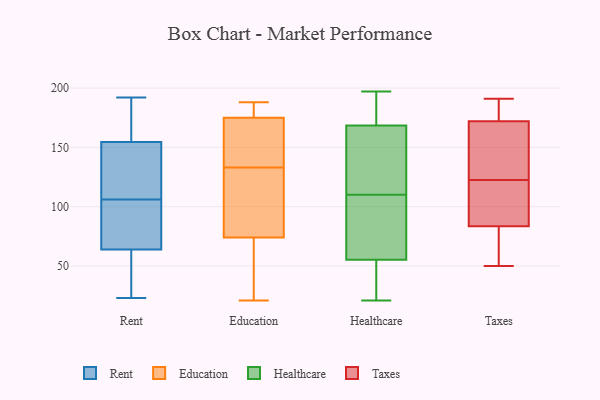
{"axis": {"x": "Latency (ms)", "y": "Value"}, "legend": ["Education", "Healthcare", "Rent", "Taxes"], "data": [{"x": "", "y": 156, "type": "Rent"}, {"x": "", "y": 51, "type": "Rent"}, {"x": "", "y": 126, "type": "Rent"}, {"x": "", "y": 90, "type": "Rent"}, {"x": "", "y": 50, "type": "Rent"}, {"x": "", "y": 126, "type": "Rent"}, {"x": "", "y": 122, "type": "Rent"}, {"x": "", "y": 163, "type": "Rent"}, {"x": "", "y": 192, "type": "Rent"}, {"x": "", "y": 41, "type": "Rent"}, {"x": "", "y": 163, "type": "Rent"}, {"x": "", "y": 85, "type": "Rent"}, {"x": "", "y": 79, "type": "Rent"}, {"x": "", "y": 23, "type": "Rent"}, {"x": "", "y": 153, "type": "Rent"}, {"x": "", "y": 77, "type": "Rent"}, {"x": "", "y": 116, "type": "Education"}, {"x": "", "y": 178, "type": "Education"}, {"x": "", "y": 37, "type": "Education"}, {"x": "", "y": 138, "type": "Education"}, {"x": "", "y": 74, "type": "Education"}, {"x": "", "y": 110, "type": "Education"}, {"x": "", "y": 27, "type": "Education"}, {"x": "", "y": 175, "type": "Education"}, {"x": "", "y": 21, "type": "Education"}, {"x": "", "y": 146, "type": "Education"}, {"x": "", "y": 171, "type": "Education"}, {"x": "", "y": 188, "type": "Education"}, {"x": "", "y": 128, "type": "Education"}, {"x": "", "y": 187, "type": "Education"}, {"x": "", "y": 37, "type": "Healthcare"}, {"x": "", "y": 186, "type": "Healthcare"}, {"x": "", "y": 166, "type": "Healthcare"}, {"x": "", "y": 55, "type": "Healthcare"}, {"x": "", "y": 21, "type": "Healthcare"}, {"x": "", "y": 167, "type": "Healthcare"}, {"x": "", "y": 105, "type": "Healthcare"}, {"x": "", "y": 192, "type": "Healthcare"}, {"x": "", "y": 34, "type": "Healthcare"}, {"x": "", "y": 110, "type": "Healthcare"}, {"x": "", "y": 84, "type": "Healthcare"}, {"x": "", "y": 197, "type": "Healthcare"}, {"x": "", "y": 47, "type": "Healthcare"}, {"x": "", "y": 56, "type": "Healthcare"}, {"x": "", "y": 169, "type": "Healthcare"}, {"x": "", "y": 79, "type": "Healthcare"}, {"x": "", "y": 122, "type": "Healthcare"}, {"x": "", "y": 162, "type": "Healthcare"}, {"x": "", "y": 184, "type": "Healthcare"}, {"x": "", "y": 167, "type": "Taxes"}, {"x": "", "y": 177, "type": "Taxes"}, {"x": "", "y": 191, "type": "Taxes"}, {"x": "", "y": 68, "type": "Taxes"}, {"x": "", "y": 77, "type": "Taxes"}, {"x": "", "y": 50, "type": "Taxes"}, {"x": "", "y": 132, "type": "Taxes"}, {"x": "", "y": 187, "type": "Taxes"}, {"x": "", "y": 162, "type": "Taxes"}, {"x": "", "y": 90, "type": "Taxes"}, {"x": "", "y": 93, "type": "Taxes"}, {"x": "", "y": 113, "type": "Taxes"}]}